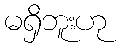
မရှိဘူးဟု